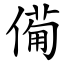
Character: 僃